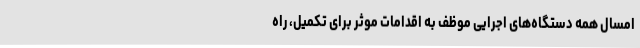
امسال همه دستگاه‌های اجرایی موظف به اقدامات موثر برای تکمیل، راه‌